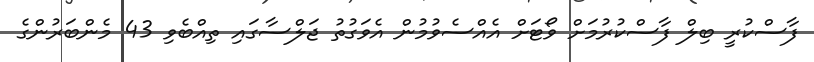
ފާސްކުރީ ބިލް ފާސްކުރުމަށް ވޯޓަށް އެއްސެވުމުން އެވަގުތު ޖަލްސާގައި ތިއްބެވި 43 މެންބަރުންގެ